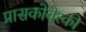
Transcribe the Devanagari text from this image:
प्रासकोवेस्की